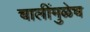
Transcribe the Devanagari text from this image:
चालींमुळेच